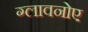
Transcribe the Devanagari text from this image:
ग्लावनोए